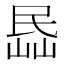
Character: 𡸧